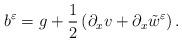
LaTeX: \begin{align*}b^{\varepsilon} = g + \frac{1}{2}\left(\partial_x v+ \partial_x \tilde w^\varepsilon \right) .\end{align*}